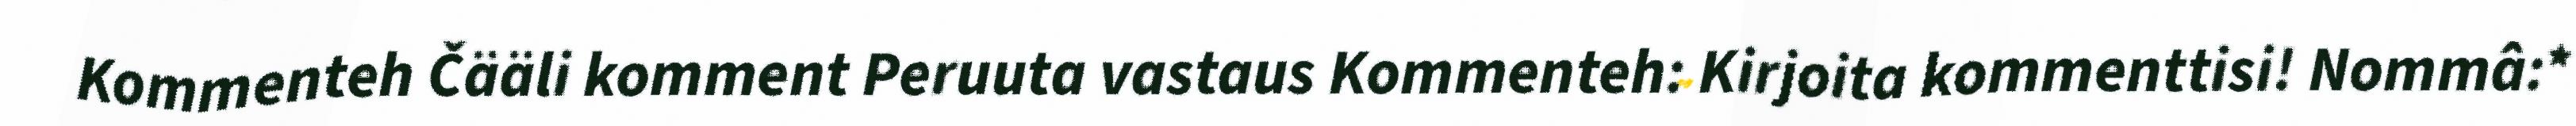
Kommenteh Čääli komment Peruuta vastaus Kommenteh: Kirjoita kommenttisi! Nommâ:*